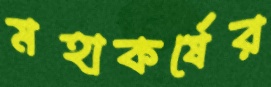
মহাকর্ষের